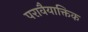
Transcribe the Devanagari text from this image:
परावैयाक्तिक